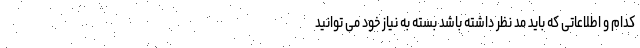
کدام و اطلاعاتی که باید مد نظر داشته باشد بسته به نیاز خود می توانید